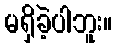
မရှိခဲ့ပါဘူး။